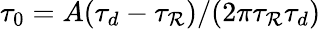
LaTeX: \tau_{0}=A(\tau_{d}-\tau_{\mathcal{R}})/(2\pi\tau_{\mathcal{R}}\tau_{d})